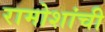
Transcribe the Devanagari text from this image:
रामोशांची